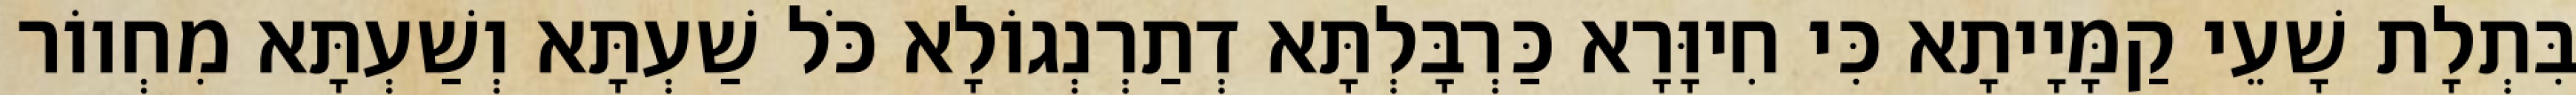
בִּתְלָת שָׁעֵי קַמָּיָיתָא כִּי חִיוָּרָא כַּרְבָּלְתָּא דְתַרְנְגוֹלָא כֹּל שַׁעְתָּא וְשַׁעְתָּא מִחְווֹר